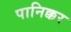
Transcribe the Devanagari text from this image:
पानिक्कर